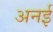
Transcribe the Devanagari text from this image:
अनई